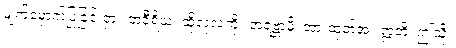
မျက်မှောက်ပြုခြင်းငှာ။ တံဝီရိယံ၊ ထိုလုံ့လကို။ အရဗ္ဘာမိ၊ အားထုတ်အံ့။ ဣတိ၊ ဤသို့။